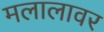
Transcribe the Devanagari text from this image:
मलालावर